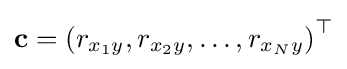
\mathbf {c} ={(r_{x_{1}y},r_{x_{2}y},\dots ,r_{x_{N}y})}^{\top }